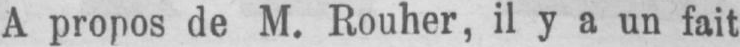
A propos de M. Rouher, il y a un fait